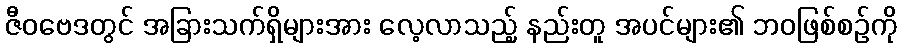
ဇီဝဗေဒတွင် အခြားသက်ရှိများအား လေ့လာသည့် နည်းတူ အပင်များ၏ ဘဝဖြစ်စဉ်ကို